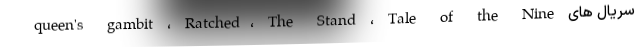
سریال های queen's gambit ، Ratched، The Stand ، Tale of the Nine